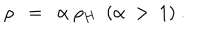
LaTeX: \rho \ \ = \ \ \alpha \ \rho _ { H } \ \ ( \alpha \ > \ 1 ) \ .